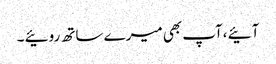
آئیے ،آپ بھی میرے ساتھ روئیے ۔